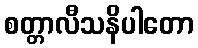
စတ္တာလီသနိပါတော